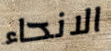
الانحاء